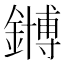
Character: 𫓆